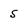
Character: 5